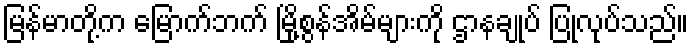
မြန်မာတို့က မြောက်ဘက် မြို့စွန်အိမ်များကို ဌာနချုပ် ပြုလုပ်သည်။